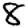
Digit: 8